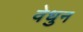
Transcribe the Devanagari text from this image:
वेधुन